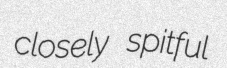
closely spitful